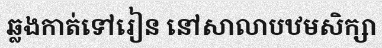
ឆ្លងកាត់ទៅរៀន នៅសាលាបឋមសិក្សា